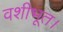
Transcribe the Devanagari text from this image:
वशीभूत।